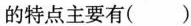
的特点主要有()